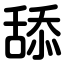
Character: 舔